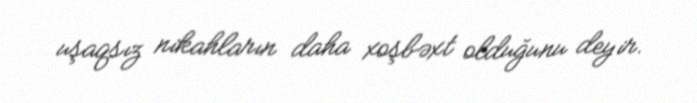
uşaqsız nikahların daha xoşbəxt olduğunu deyir.